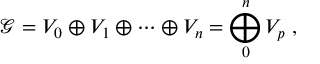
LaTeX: { \mathcal G } = V _ { 0 } \oplus V _ { 1 } \oplus \cdots \oplus V _ { n } = \bigoplus _ { 0 } ^ { n } V _ { p } \; ,